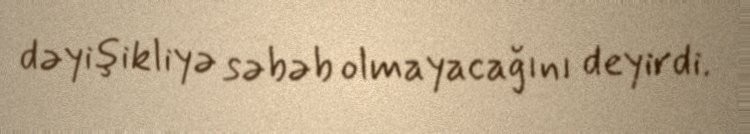
dəyişikliyə səbəb olmayacağını deyirdi.